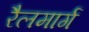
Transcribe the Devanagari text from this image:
रैलमार्ग